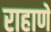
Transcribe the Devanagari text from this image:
राहाणें